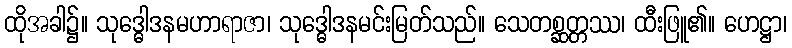
ထိုအခါ၌။ သုဒ္ဓေါဒနမဟာရာဇာ၊ သုဒ္ဓေါဒနမင်းမြတ်သည်။ သေတစ္ဆတ္တဿ၊ ထီးဖြူ၏။ ဟေဋ္ဌာ၊